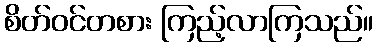
စိတ်ဝင်တစား ကြည့်လာကြသည်။